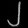
Digit: ၂